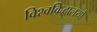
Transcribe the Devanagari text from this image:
विश्वविद्धालयों